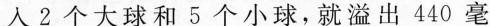
入2个大球和5个小球，就溢出440毫